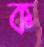
ক